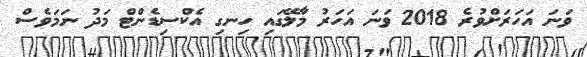
ވަނަ އަހަރަށްވުރެ 2018 ވަނަ އަހަރު މާލޭގައި ހިނގި އެކްސިޑެންޓް މަދު ނަމަވެސް